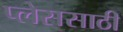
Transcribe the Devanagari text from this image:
प्लेससाठी